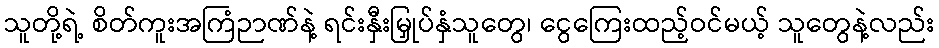
သူတို့ရဲ့ စိတ်ကူးအကြံဉာဏ်နဲ့ ရင်းနှီးမြှုပ်နှံသူတွေ၊ ငွေကြေးထည့်ဝင်မယ့် သူတွေနဲ့လည်း